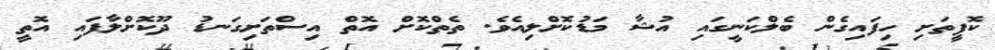
ކޮފީތަށި ހިފައިގެން ބެލްކަނީގައި އުޝާ މަޑުކޮށްލިއެވެ. ތެތްކޮށް އޮތް އިސްތަށިގަނޑު ދޫކޮށްލާފައި އޮތީ